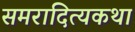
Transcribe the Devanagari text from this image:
समरादित्यकथा